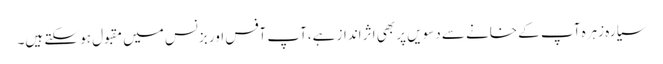
سیارہ زہرہ آپ کے خانے سے دسویں پر بھی اثر انداز ہے،آپ آفس اور بزنس میں مقبول ہو سکتے ہیں۔